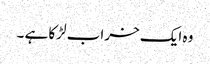
وہ ایک خراب لڑکا ہے ۔